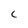
Character: C